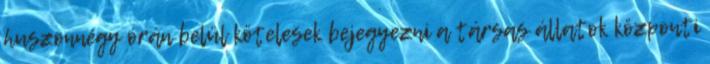
huszonnégy órán belül kötelesek bejegyezni a társas állatok központi